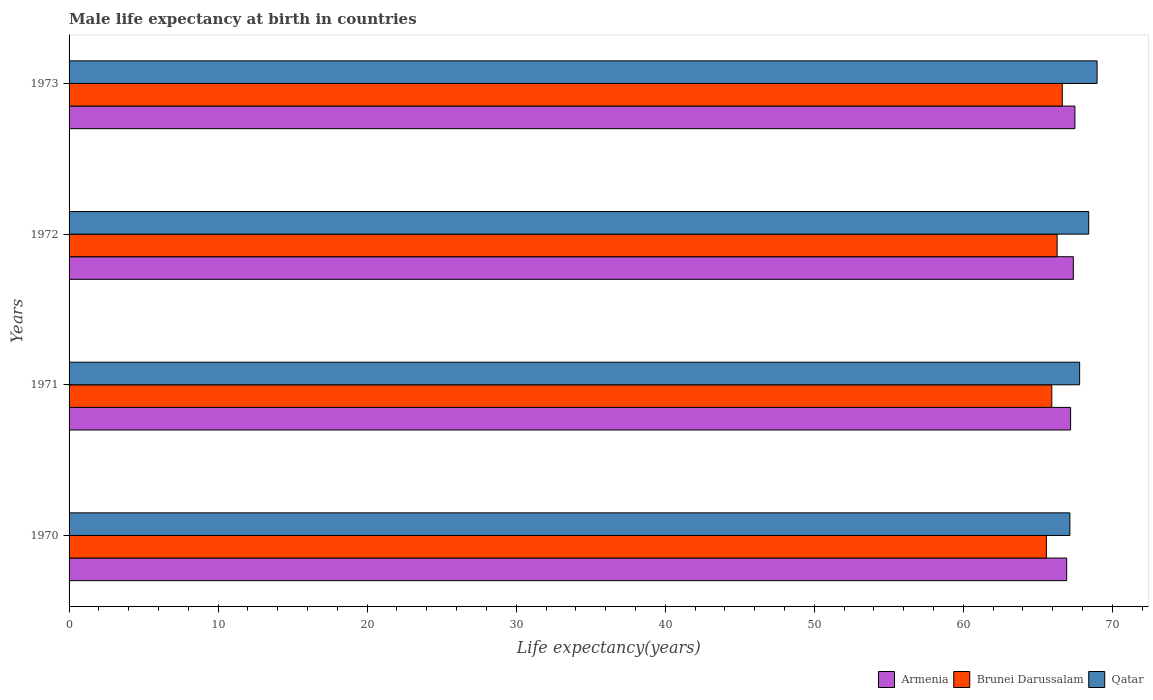
| Years | Armenia | Brunei Darussalam | Qatar |
 | --- | --- | --- | --- |
 | 1970 | 66.9 | 65.6 | 67.1 |
 | 1971 | 67.2 | 65.9 | 67.8 |
 | 1972 | 67.4 | 66.3 | 68.4 |
 | 1973 | 67.5 | 66.6 | 69 |